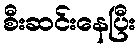
စီးဆင်းနေပြီး